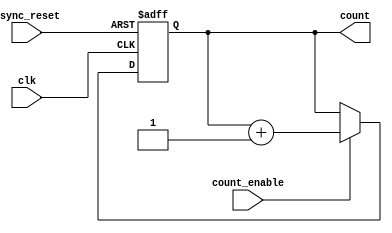
module async_counter (
    input wire clk,          // Clock input
    input wire async_reset,  // Asynchronous reset
    input wire count_enable, // Count enable input
    output reg [N-1:0] count // Output count value (N bits wide)
);
    parameter N = 3; // Number of bits for the counter, adjustable as needed

    // Always block for counter behavior
    always @(posedge clk or posedge async_reset) begin
        if (async_reset) begin
            count <= 0; // Reset count to 0
        end else if (count_enable) begin
            count <= count + 1; // Increment count
        end
    end
endmodule